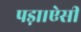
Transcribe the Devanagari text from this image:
पड़ा।ऐसी